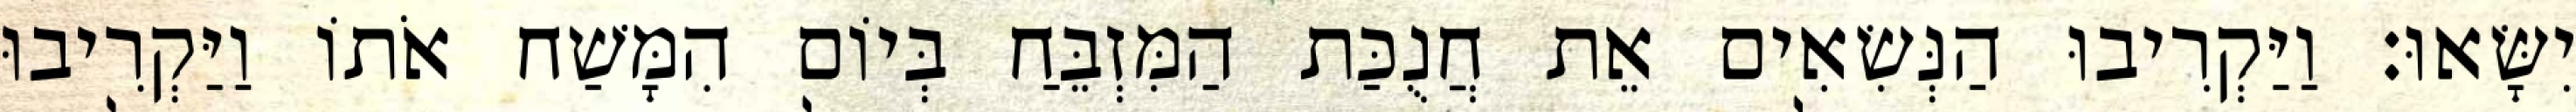
יִשָּׂאוּ׃ וַיַּקְרִיבוּ הַנְּשִׂאִים אֵת חֲנֻכַּת הַמִּזְבֵּחַ בְּיוֹם הִמָּשַׁח אֹתוֹ וַיַּקְרִיבוּ